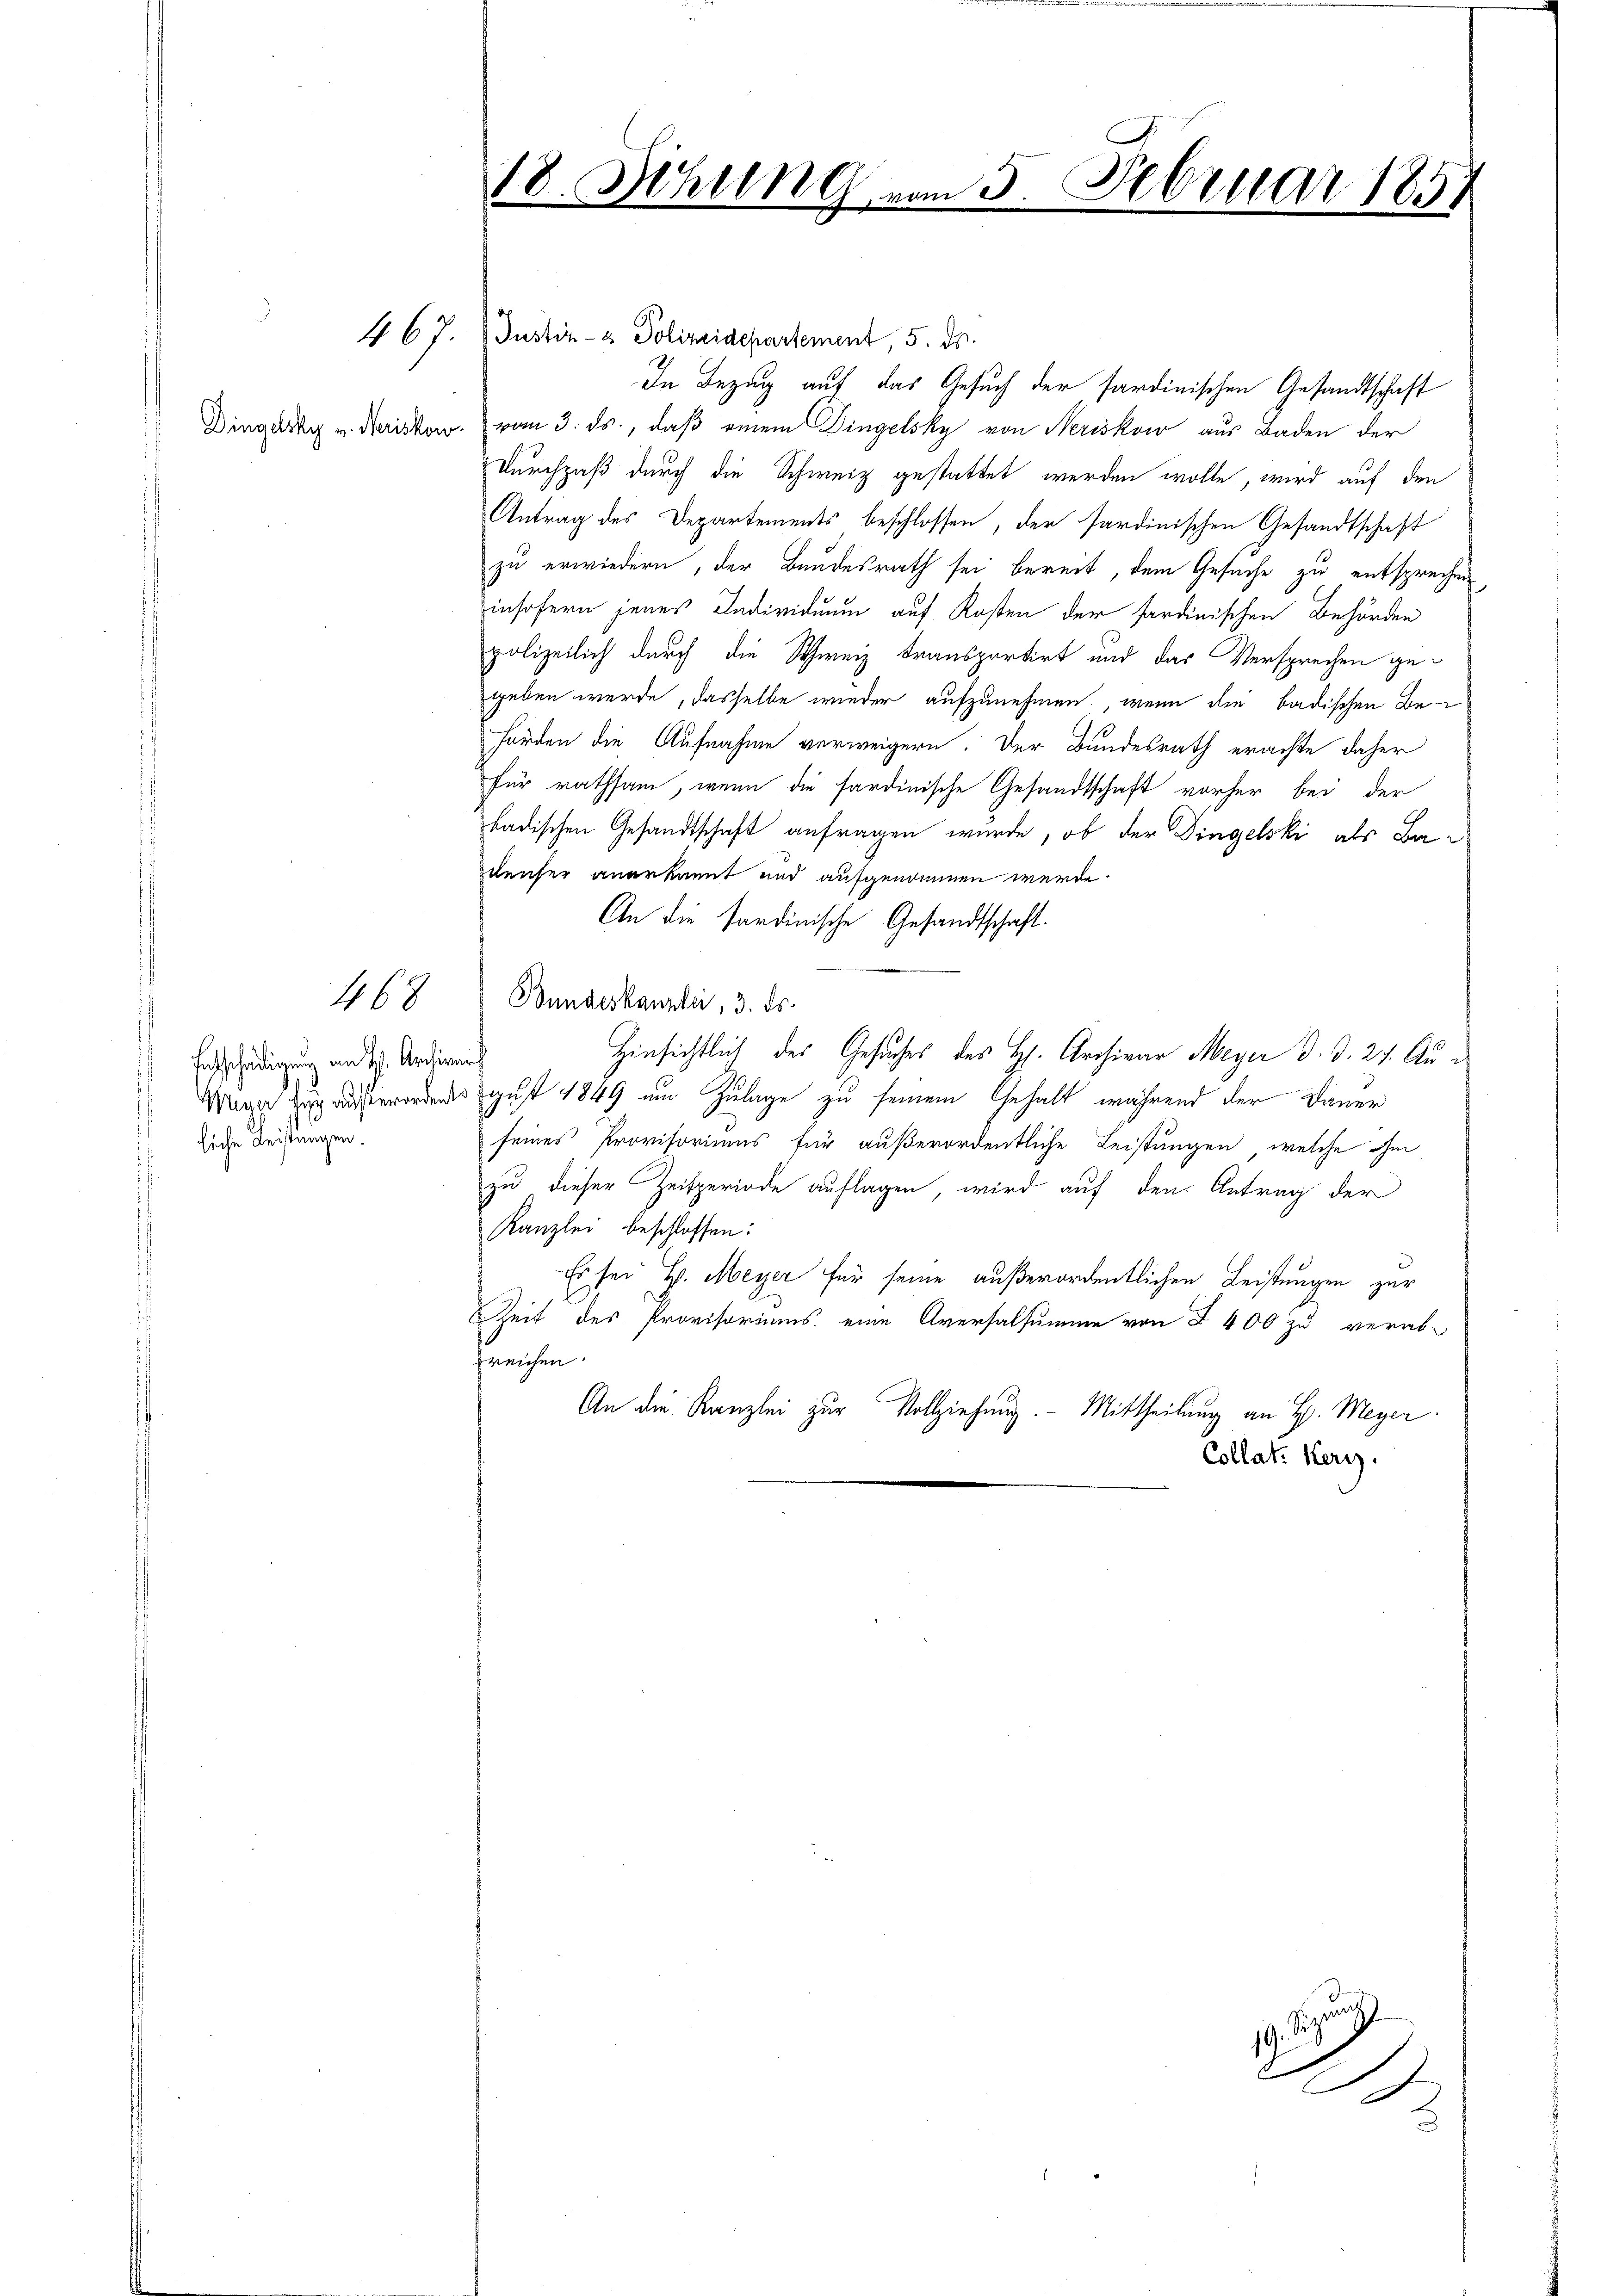
Entschädigung von H. Archirur
liche Leistungen.

468

467. Justiz- & Polizeidepartement, 5. ds.
In Bezug auf das Gesuch der sardinischen Gesandtschaft
Dingerdig u. Fristor. vom 3. ds., daß einem Dingelsky von Neriskow aus Baden der
Durchpaß durch die Schweiz gestattet werden wolle, wird auf den
Antrag des Departements beschlossen, der sardinischen Gesandtschaft
zu erwiedern, der Bundesrath sei bereit, dem Gesuche zu entsprechen
insofern jenes Individuum auf Kosten der sardinischen Behörden
polizeilich durch die Schweiz transportirt und das Versprechen ge-
geben werde, dasselbe wieder aufzunehmen, wenn die badischen Be
hörden die Aufnahme verweigern. Der Bundesrath erachte daher
für rathsam, wenn die sardinische Gesandtschaft vorher bei der
badischen Gesandtschaft anfragen wurde, ob der Dingelski als Baieuser anerkannt und aufgenommen werde.
An die Sardinische Gesandtschaft.
Bundeskanzlei, 3. ds.
Hinsichtlich des Gesuches des H. Archivar Meyer d. d. 27. Au¬
Wege zur ausserordentes gust 1849 um Zulage zu seinem Gehalt, während der Dauer
seines Provisoriums für außerordentliche Leistungen, welche ohn
zu dieser Zeitperiode auflagen, wird auf den Antrag der
Kanzlei beschlossen:
Es sei H. Meyer für seine außerordentlichen Leistungen zur
Zeit des Provisoriums eine Aversalsumme von § 400 zu verab-
prechen.
An die Kanzlei zur Vollziehung. Mittheilung an H. Meyer.
Collat: Herz.

18. Sching vom 5.
Februar 1857

n
19.
A
.